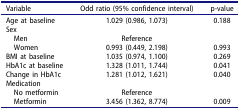
<table><thead><tr><td><b>Variable</b></td><td><b>Odd ratio (95% confidence interval)</b></td><td><b>p-value</b></td></tr></thead><tbody><tr><td>Age at baseline</td><td>1.029 (0.986, 1.073)</td><td>0.188</td></tr><tr><td>Sex</td><td> </td><td> </td></tr><tr><td> Men</td><td>Reference</td><td> </td></tr><tr><td> Women</td><td>0.993 (0.449, 2.198)</td><td>0.993</td></tr><tr><td>BMI at baseline</td><td>1.035 (0.974, 1.100)</td><td>0.269</td></tr><tr><td>HbA1c at baseline</td><td>1.328 (1.011, 1.744)</td><td>0.041</td></tr><tr><td>Change in HbA1c</td><td>1.281 (1.012, 1.621)</td><td>0.040</td></tr><tr><td>Medication</td><td> </td><td> </td></tr><tr><td> No metformin</td><td>Reference</td><td> </td></tr><tr><td> Metformin</td><td>3.456 (1.362, 8.774)</td><td>0.009</td></tr></tbody></table>